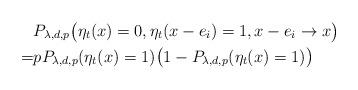
LaTeX: \begin{align*}&P_{\lambda,d,p}\big(\eta_t(x)=0,\eta_t(x-e_i)=1,x-e_i\rightarrow x\big)\\=&pP_{\lambda,d,p}(\eta_t(x)=1)\big(1-P_{\lambda,d,p}(\eta_t(x)=1)\big)\end{align*}